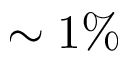
\sim 1 \%